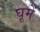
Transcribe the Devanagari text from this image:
घूमें